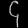
Digit: ၄